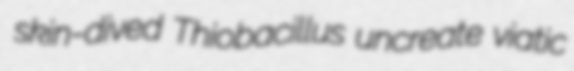
skin-dived Thiobacillus uncreate viatic